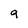
Character: 9